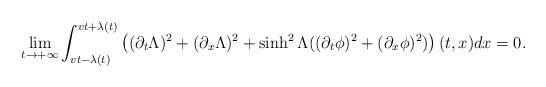
LaTeX: \begin{align*}\lim_{t\to +\infty}\int_{vt -\lambda(t)}^{vt+ \lambda(t)}\left((\partial_{t}\Lambda)^{2}+(\partial_{x}\Lambda)^{2}+\sinh^{2}{\Lambda}((\partial_{t}\phi)^{2}+(\partial_{x}\phi)^{2}) \right)(t,x)dx=0.\end{align*}